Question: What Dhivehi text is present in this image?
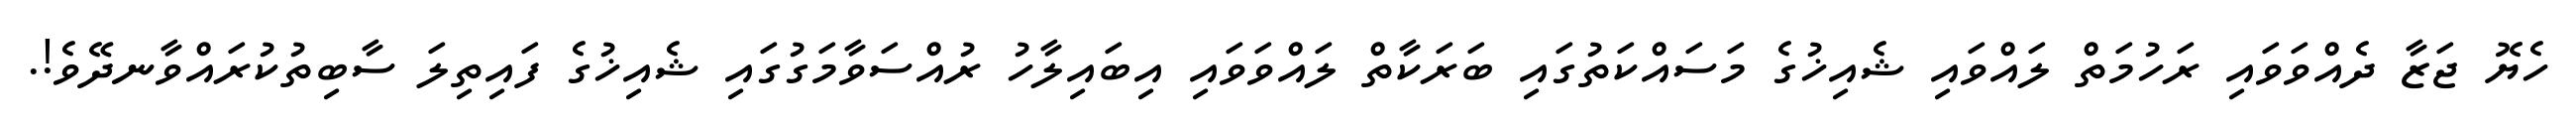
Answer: ހެޔޮ ޖަޒާ ދެއްވަވައި ރަހުމަތް ލައްވައި ޝެއިޚުގެ މަސައްކަތުގައި ބަރަކާތް ލައްވަވައި އިބައިލާހު ރުއްސަވާމަގުގައި ޝެއިޚުގެ ފައިތިލަ ސާބިތުކުރައްވާނދޭވެ!.